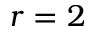
r = 2